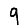
Digit: 9